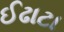
ઈઢાટા